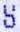
S